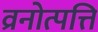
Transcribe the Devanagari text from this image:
व्रनोत्पत्ति